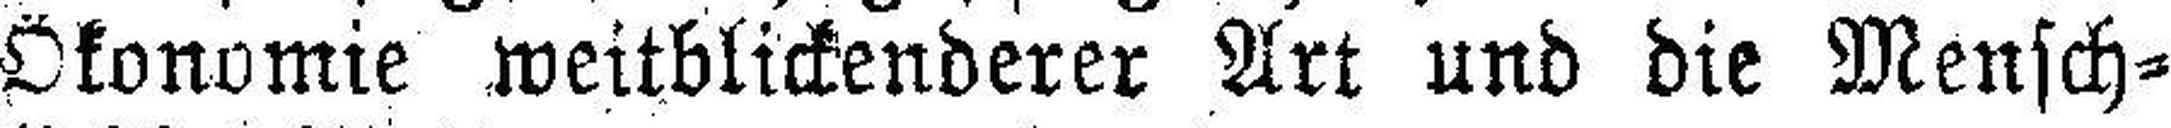
Okonomie weitblickenderer Art und die Mensch¬